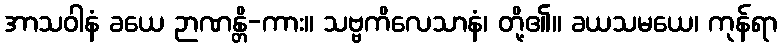
အာသဝါနံ ခယေ ဉာဏန္တိ-ကား။ သဗ္ဗကိလေသာနံ၊ တို့၏။ ခယသမယေ၊ ကုန်ရာ